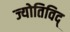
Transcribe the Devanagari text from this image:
ज्योतिविद्